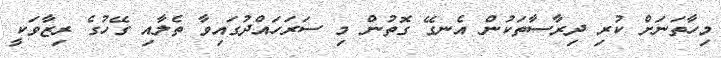
މިހާތަނަށް ކުރި ދިރާސާތަކުން އެނގޭ ގޮތުން މި ސަރަހައްދުގައިވާ ތެލާއި ގޭހުގެ ރިޒާވަކީ